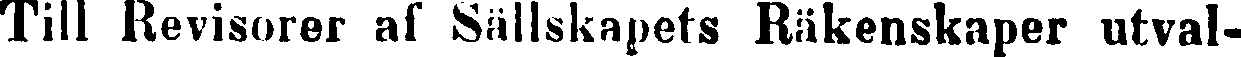
Till Revisorer af Sällskapets Räkenskaper utval-